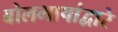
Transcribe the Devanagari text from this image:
बोलभाषांद्वारे